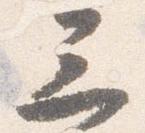
三